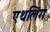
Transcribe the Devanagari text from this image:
एथलिंग